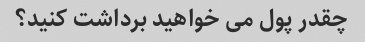
چقدر پول می خواهید برداشت کنید؟